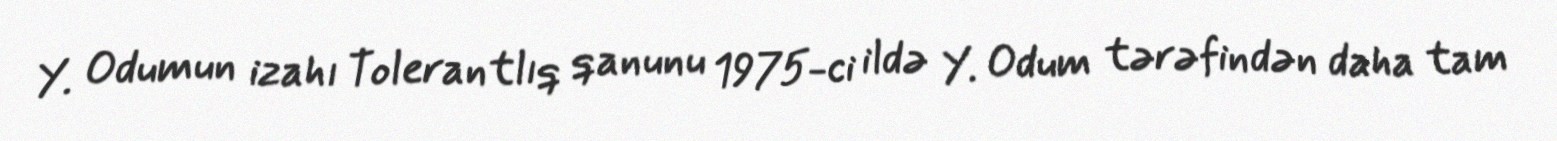
Y. Odumun izahı Tolerantlıq qanunu 1975-ci ildə Y. Odum tərəfindən daha tam